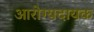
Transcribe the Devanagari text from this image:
आरोग्यदायक